Indian journal of veterinary science and animal husbandry - Volume 6,
Year: 1936
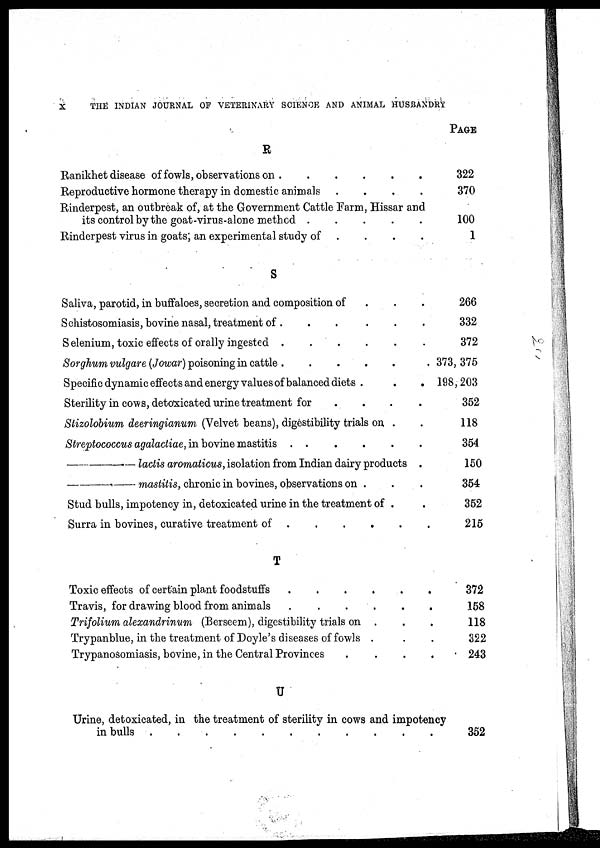
X
THE INDIAN JOURNAL OF VETERINARY SCIENCE AND ANIMAL HUSBANDRY
R
Ranikhet disease of fowls, observations on
Reproductive hormone therapy in domestic animals
....
Rinderpest, an outbreak of, at the Government Cattle Farm, Hissar and
its control by the goat-virus-alone method
.....
Rinderpest virus in goats; an experimental study of
S
Saliva, parotid, in buffaloes, secretion and composition of
Schistosomiasis, bovine nasal, treatment of .
.....
Selenium, toxic effects of orally ingested
......
Sorghum vulgare (Jowar) poisoning in cattle
Specific dynamic effects and energy values of balanced diets .
.
.
Sterility in cows, detoxicated urine treatment for
....
Stizolobium deeringianum (Velvet beans), digestibility trials on .
Streptococcus agalactiae, in bovine mastitis . .
—
lactis aromaticus, isolation from Indian dairy products .
—mastitis,
chronic in bovines, observations on .
Stud bulls, impotency in, detoxicated urine in the treatment of .
Surra in bovines, curative treatment of
T
Toxic effects of certain plant foodstuffs
Travis, for drawing blood from animals
Trifolium alexandrinum (Berseem), digestibility trials on .
Trypanblue, in the treatment of Doyle's diseases of fowls .
Trypanosomiasis, bovine, in the Central Provinces
.
U
Urine, detoxicated, in the treatment of sterility in cows and impotency
in bulls
PAGE
322
370
100
1
266
332
372
373, 375
198,203
352
118
354
150
354
352
215
372
158
118
322
243
362